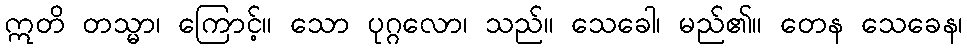
ဣတိ တသ္မာ၊ ကြောင့်။ သော ပုဂ္ဂလော၊ သည်။ သေခေါ၊ မည်၏။ တေန သေခေန၊